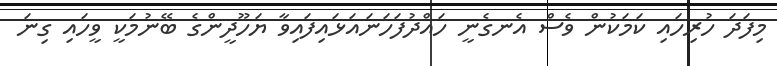
މިފަދަ ހުރިހައި ކަމަކުން ވެސް އެނގެނީ ހައްދުފަހަނައަޅައިފައިވާ ޔަހޫދީންގެ ބޭނުމަކީ ވީހައި ގިނަ